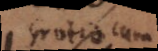
Grotio cum